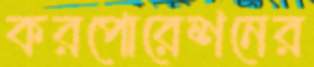
করপোরেশনের